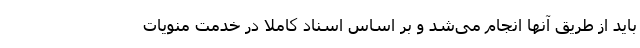
باید از طریق آنها انجام می‌شد و بر اساس اسناد کاملا در خدمت منویات